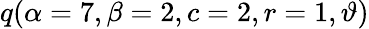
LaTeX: \displaystyle q(\alpha=7,\beta=2,c=2,r=1,\vartheta)